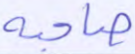
صاحبه